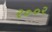
ર૦૦ર